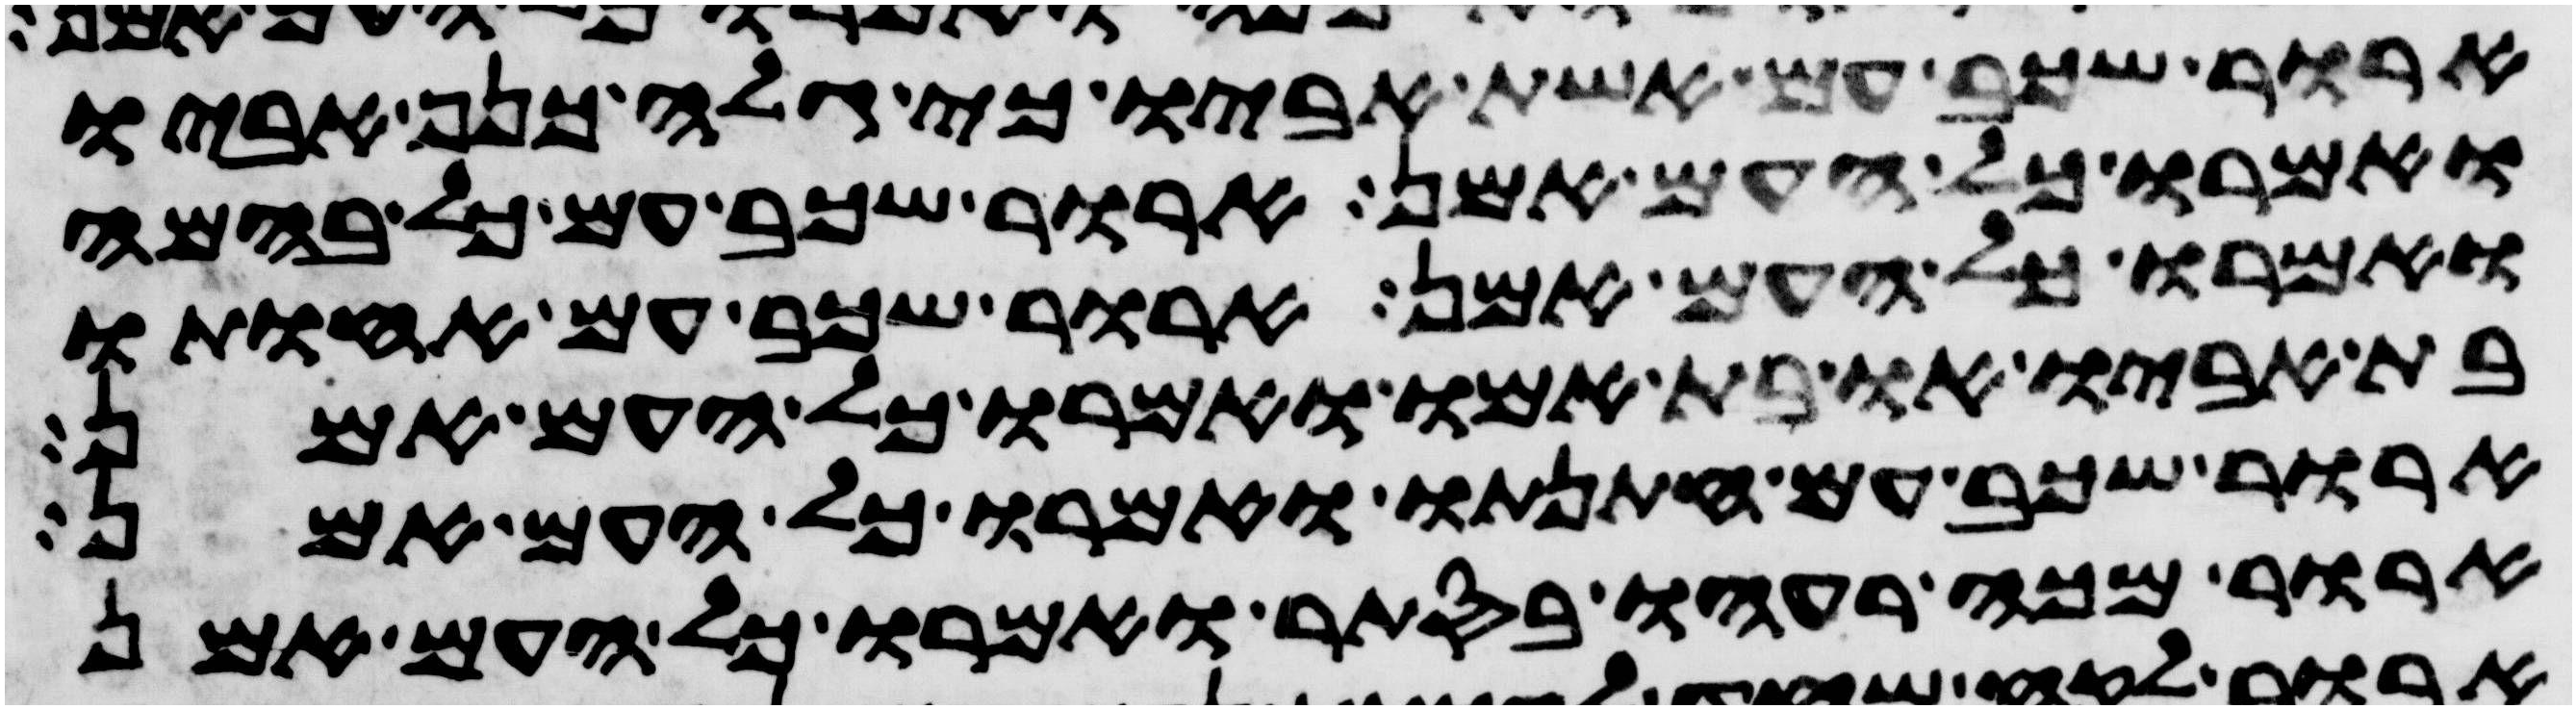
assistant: ארור שכב עם אשת אביו כי גלה כנף אביו
ואמרו כל העם אמן ארור שכב עם כל בהמה
ואמרו כל העם אמן ארור שכב עם אחותו
בת אביו או בת אמו ואמרו כל העם אמן
ארור שכב עם חתנתו ואמרו כל העם אמן
ארור מכה רעהו בסתר ואמרו כל העם אמן